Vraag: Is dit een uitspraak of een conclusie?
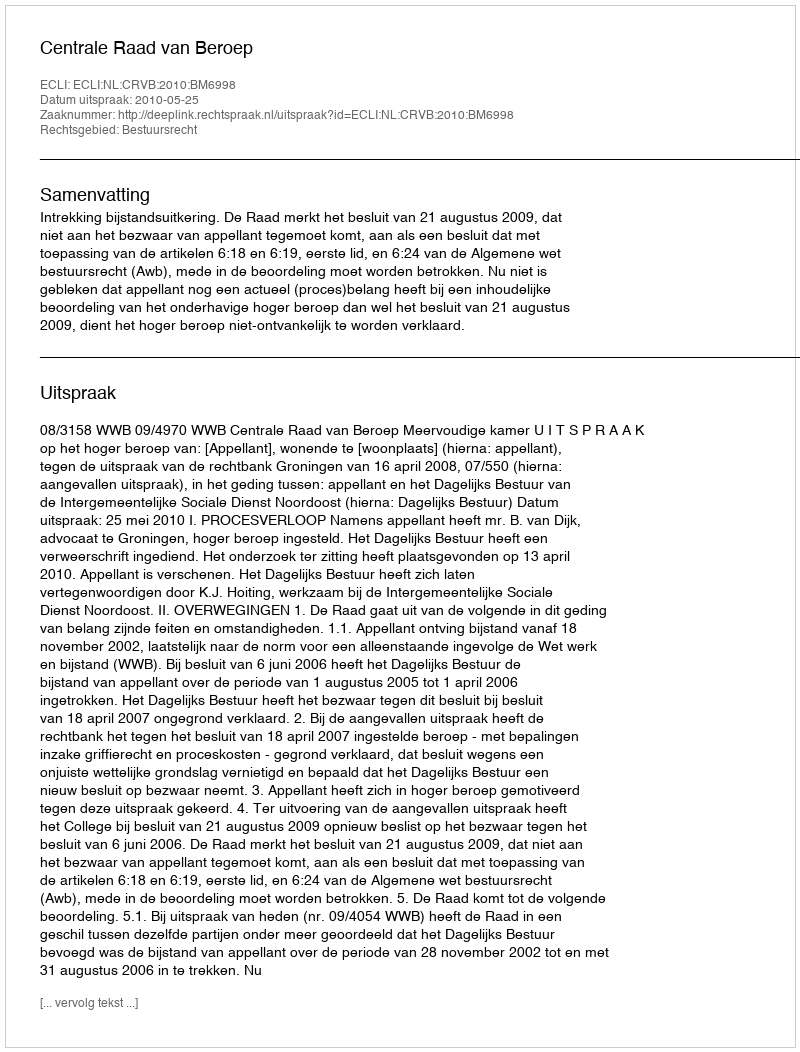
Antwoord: Uitspraak